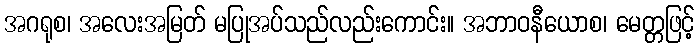
အဂရုစ၊ အလေးအမြတ် မပြုအပ်သည်လည်းကောင်း။ အဘာဝနီယောစ၊ မေတ္တဖြင့်